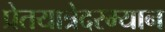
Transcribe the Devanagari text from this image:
प्रेतयात्रेदरम्यान